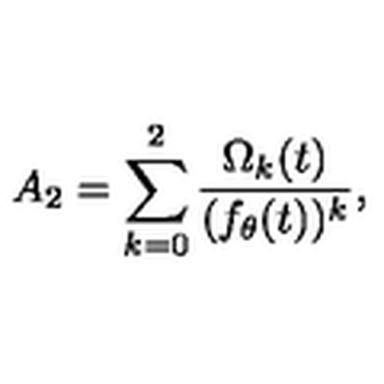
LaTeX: A _ { 2 } = \sum _ { k = 0 } ^ { 2 } { \frac { \Omega _ { k } ( t ) } { ( f _ { \theta } ( t ) ) ^ { k } } } ,